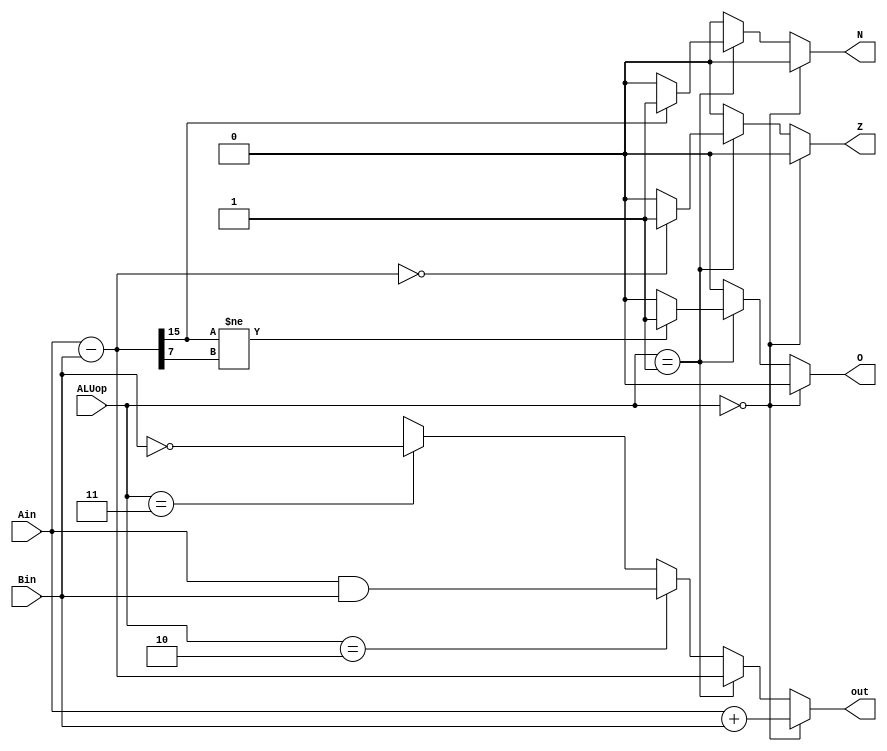
module ALU(Ain, Bin, ALUop, out, Z, N, O);
    input [15:0] Ain, Bin;
    input [1:0] ALUop;
    output [15:0] out;
    reg [15:0] out;
    output Z, N, O;
    reg Z, N, O;

    `define ADD_S 2'b00
    `define CMP_S 2'b01
    `define AND_S 2'b10
    `define MVN_S 2'b11

    //Git hub push test

    // Determining which operation we are to perform
    // and it's corresponding output
    always @(*) begin
        {Z, N, O} = 3'b000;
        if (ALUop == `ADD_S) begin
            out = Ain + Bin;
        end else if (ALUop == `CMP_S) begin
            out = Ain - Bin;
            Z = (out == 16'd0) ? 1'b1 : 1'b0;
            N = (out[15] == 1'b1) ? 1'b1 : 1'b0;
            O = (out [15] != out[7]) ? 1'b1 : 1'b0;
        end else if (ALUop == `AND_S) begin
            out = Ain & Bin;
        end else if (ALUop == `MVN_S) begin
            out = ~Bin;
        end else begin
            out = {16{1'bx}};
        end
    end

endmodule